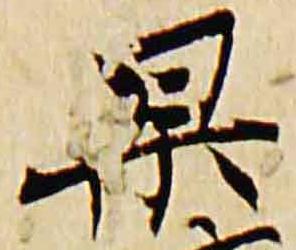
杲